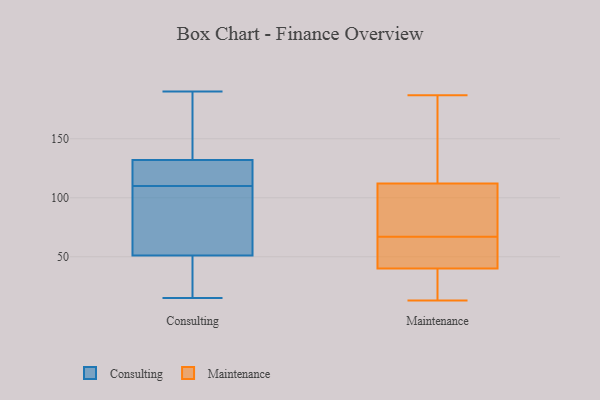
{"axis": {"x": "Revenue (USD Million)", "y": "Value"}, "legend": ["Consulting", "Maintenance"], "data": [{"x": "", "y": 120, "type": "Consulting"}, {"x": "", "y": 45, "type": "Consulting"}, {"x": "", "y": 100, "type": "Consulting"}, {"x": "", "y": 51, "type": "Consulting"}, {"x": "", "y": 132, "type": "Consulting"}, {"x": "", "y": 15, "type": "Consulting"}, {"x": "", "y": 44, "type": "Consulting"}, {"x": "", "y": 91, "type": "Consulting"}, {"x": "", "y": 64, "type": "Consulting"}, {"x": "", "y": 129, "type": "Consulting"}, {"x": "", "y": 126, "type": "Consulting"}, {"x": "", "y": 158, "type": "Consulting"}, {"x": "", "y": 187, "type": "Consulting"}, {"x": "", "y": 190, "type": "Consulting"}, {"x": "", "y": 13, "type": "Maintenance"}, {"x": "", "y": 112, "type": "Maintenance"}, {"x": "", "y": 31, "type": "Maintenance"}, {"x": "", "y": 108, "type": "Maintenance"}, {"x": "", "y": 52, "type": "Maintenance"}, {"x": "", "y": 14, "type": "Maintenance"}, {"x": "", "y": 67, "type": "Maintenance"}, {"x": "", "y": 187, "type": "Maintenance"}, {"x": "", "y": 112, "type": "Maintenance"}, {"x": "", "y": 119, "type": "Maintenance"}, {"x": "", "y": 79, "type": "Maintenance"}, {"x": "", "y": 49, "type": "Maintenance"}, {"x": "", "y": 172, "type": "Maintenance"}, {"x": "", "y": 54, "type": "Maintenance"}, {"x": "", "y": 37, "type": "Maintenance"}]}